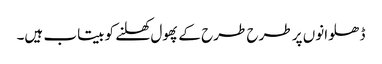
ڈھلوانوں پر طرح طرح کے پھول کھلنے کو بیتاب ہیں۔